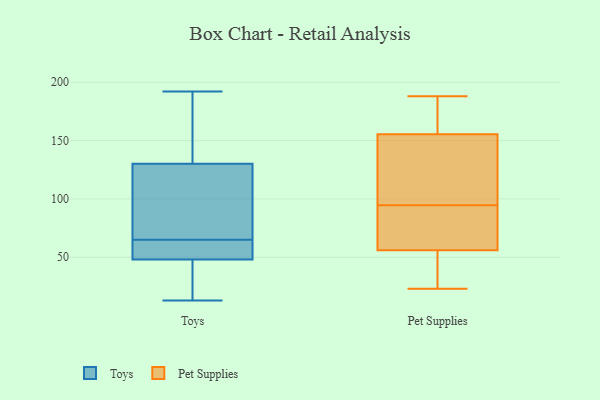
{"axis": {"x": "Revenue (USD Million)", "y": "Value"}, "legend": ["Pet Supplies", "Toys"], "data": [{"x": "", "y": 125, "type": "Toys"}, {"x": "", "y": 50, "type": "Toys"}, {"x": "", "y": 63, "type": "Toys"}, {"x": "", "y": 27, "type": "Toys"}, {"x": "", "y": 150, "type": "Toys"}, {"x": "", "y": 48, "type": "Toys"}, {"x": "", "y": 97, "type": "Toys"}, {"x": "", "y": 65, "type": "Toys"}, {"x": "", "y": 48, "type": "Toys"}, {"x": "", "y": 13, "type": "Toys"}, {"x": "", "y": 110, "type": "Toys"}, {"x": "", "y": 192, "type": "Toys"}, {"x": "", "y": 146, "type": "Toys"}, {"x": "", "y": 168, "type": "Pet Supplies"}, {"x": "", "y": 188, "type": "Pet Supplies"}, {"x": "", "y": 98, "type": "Pet Supplies"}, {"x": "", "y": 176, "type": "Pet Supplies"}, {"x": "", "y": 119, "type": "Pet Supplies"}, {"x": "", "y": 69, "type": "Pet Supplies"}, {"x": "", "y": 28, "type": "Pet Supplies"}, {"x": "", "y": 175, "type": "Pet Supplies"}, {"x": "", "y": 58, "type": "Pet Supplies"}, {"x": "", "y": 51, "type": "Pet Supplies"}, {"x": "", "y": 158, "type": "Pet Supplies"}, {"x": "", "y": 129, "type": "Pet Supplies"}, {"x": "", "y": 54, "type": "Pet Supplies"}, {"x": "", "y": 65, "type": "Pet Supplies"}, {"x": "", "y": 23, "type": "Pet Supplies"}, {"x": "", "y": 65, "type": "Pet Supplies"}, {"x": "", "y": 54, "type": "Pet Supplies"}, {"x": "", "y": 128, "type": "Pet Supplies"}, {"x": "", "y": 91, "type": "Pet Supplies"}, {"x": "", "y": 153, "type": "Pet Supplies"}]}